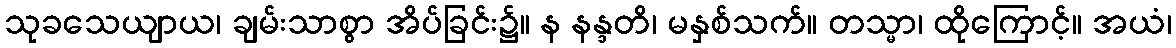
သုခသေယျာယ၊ ချမ်းသာစွာ အိပ်ခြင်း၌။ န နန္ဒတိ၊ မနှစ်သက်။ တသ္မာ၊ ထိုကြောင့်။ အယံ၊